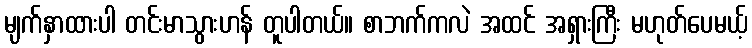
မျက်နှာထားပါ တင်းမာသွားဟန် တူပါတယ်။ စာဘက်ကလဲ အထင် အရှားကြီး မဟုတ်ပေမယ့်